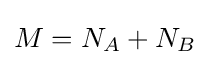
M=N_{A}+N_{B}